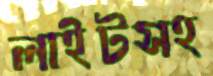
লাইটসহ